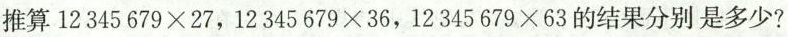
推算$$1 2 3 4 5 6 7 9 \times 2 7$$ ，$$1 2 3 4 5 6 7 9 \times 3 6$$ ，$$1 2 3 4 5 6 7 9 \times 6 3$$ 的结果分别是多少?